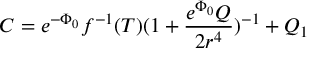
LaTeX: C = e ^ { - \Phi _ { 0 } } f ^ { - 1 } ( T ) ( 1 + \frac { e ^ { \Phi _ { 0 } } Q } { 2 r ^ { 4 } } ) ^ { - 1 } + Q _ { 1 }